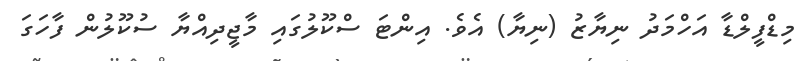
މިޑްފީލްޑާ އަހްމަދު ނިޔާޒު (ނިޔާ) އެވެ. އިންޓަ ސްކޫލުގައި މާޖީދިއްޔާ ސުކޫލުން ފާހަގަ